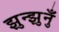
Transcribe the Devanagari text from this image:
झुन्झुनुँ